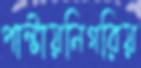
পাল্টায়নিগরিয়